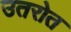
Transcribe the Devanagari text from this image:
उतरोत